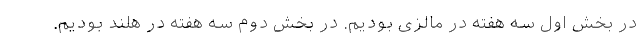
در بخش اول سه هفته در مالزی بودیم. در بخش دوم سه هفته در هلند بودیم.